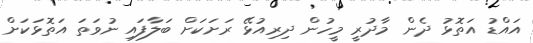
އައްޑު އަތޮޅު ދެން މާދުރީ މީހުން ދިރިއުޅޭ ރަށަކަށް ބަލާފައި ނުވަތަ އަތޮޅަކަށް